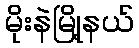
မိုးနဲမြို့နယ်